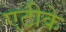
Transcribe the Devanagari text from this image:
एटीके